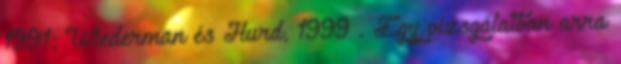
1991; Wiederman és Hurd, 1999 . Egy vizsgálatban arra